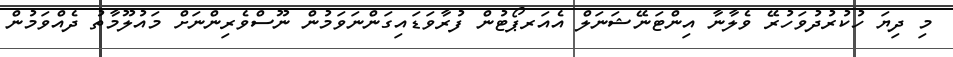
މި ދިޔަ ހުކުރުދުވަހުރޭ ވެލާނާ އިންޓަނޭޝަނަލް އެއަރޕޯޓުން ފުރާވަޑައިގަންނަވަމުން ނޫސްވެރިންނަށް މައުލޫމާތު ދެއްވަމުން